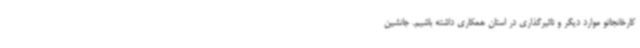
کارخانجاتو موارد دیگر و تاثیرگذاری در استان همکاری داشته باشیم. جانشین